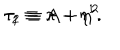
LaTeX: \tau _ { 1 } \equiv A + \eta ^ { 2 } \hspace { 2 . 5 c m } \tau _ { 2 } \equiv \pi - \eta ^ { 1 } .